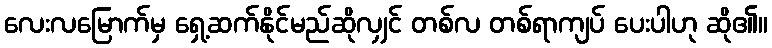
လေးလမြောက်မှ ရှေ့ဆက်နိုင်မည်ဆိုလျှင် တစ်လ တစ်ရာကျပ် ပေးပါဟု ဆို၏။